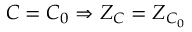
C = C _ { 0 } \Rightarrow Z _ { C } = Z _ { C _ { 0 } }